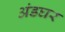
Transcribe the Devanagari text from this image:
अंडघर